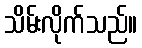
သိမ်းလိုက်သည်။